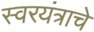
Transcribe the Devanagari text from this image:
स्वरयंत्राचे